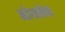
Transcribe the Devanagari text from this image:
मोथमेन